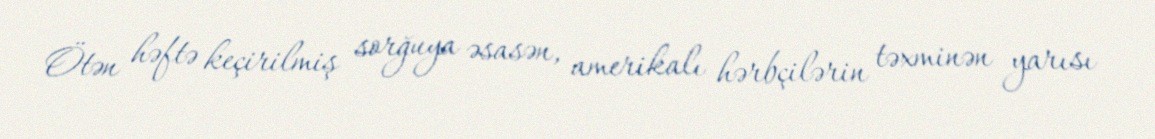
Ötən həftə keçirilmiş sorğuya əsasən, amerikalı hərbçilərin təxminən yarısı